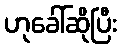
ဟုခေါ်ဆိုပြီး